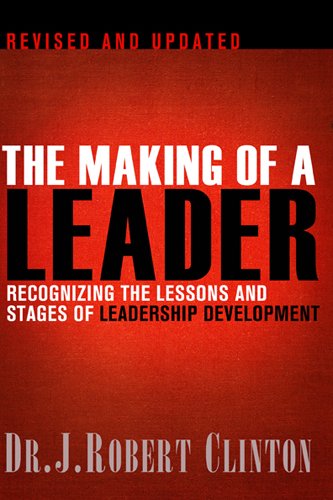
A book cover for The Making of a Leader, Second Edition: Recognizing the Lessons and Stages of Leadership Development; Robert Clinton; Christian Books & Bibles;